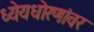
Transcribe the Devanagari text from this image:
ध्येयधोरणांवर